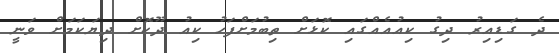
ދެ ގަޑިއިރު ދިގު ކިއުއެއްގައި ކޮޅަށް ތިބުމަށްފަހު ކިއު ދޫކޮށް ދިޔަކަމަށް ވަނީ